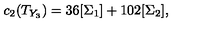
c _ { 2 } ( T _ { Y _ { 3 } } ) = 3 6 [ \Sigma _ { 1 } ] + 1 0 2 [ \Sigma _ { 2 } ] ,